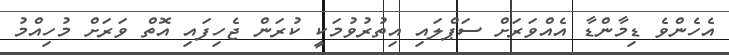
އެހެންވެ ޑިމާންޑާ އެއްވަރަށް ސަޕްލައި އިތުރުވުމަކީ ކުރަން ޖެހިފައި އޮތް ވަރަށް މުހިއްމު